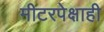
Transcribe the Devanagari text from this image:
मीटरपेक्षाही